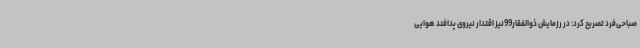
صباحی‌فرد تصریح کرد: در رزمایش ذوالفقار99نیز اقتدار نیروی پدافند هوایی